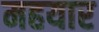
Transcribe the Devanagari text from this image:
महयार